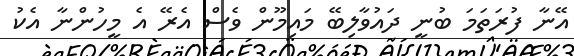
އޭނާ ފުރަތަމަ ބުނީ ދައުވާލިބޭ މައިމޫން ވެސް އެރޭ އެ މީހުންނާ އެކު